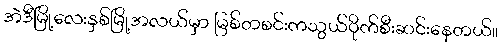
အဲဒီမြို့လေးနှစ်မြို့အလယ်မှာ မြစ်တစင်းကသွယ်ဝိုက်စီးဆင်းနေတယ်။